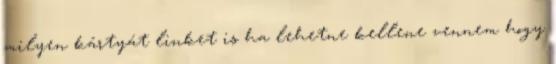
milyen kártyát linket is ha lehetne kellene vennem hogy